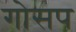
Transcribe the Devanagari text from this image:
गोसप